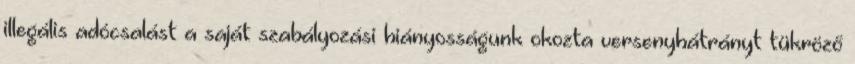
illegális adócsalást a saját szabályozási hiányosságunk okozta versenyhátrányt tükröző